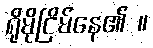
ရိုမိုငြိမ်နေ၏ ။